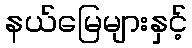
နယ်မြေများနှင့်